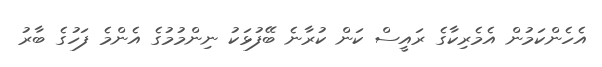
އެހެންކަމުން އެމެރިކާގެ ރައީސް ކަން ކުރާނެ ބޭފުޅަކު ނިންމުމުގެ އެންމެ ފަހުގެ ބާރު